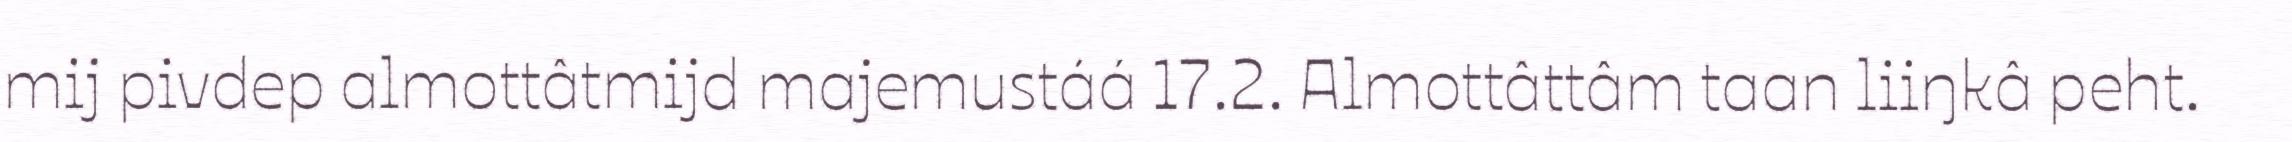
mij pivdep almottâtmijd majemustáá 17.2. Almottâttâm taan liiŋkâ peht.